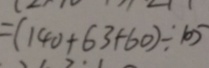
= ( 1 4 0 + 6 3 + 6 0 ) \div 1 0 5